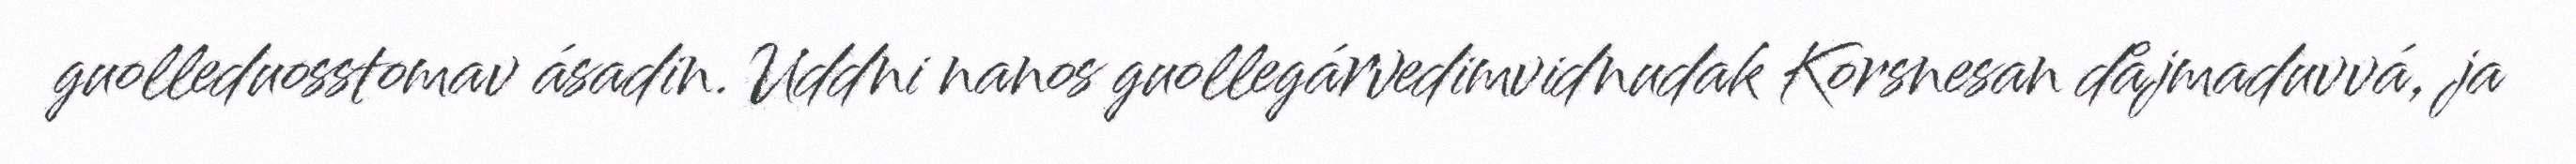
guolleduosstomav ásadin. Uddni nanos guollegárvedimvidnudak Korsnesan dåjmaduvvá, ja